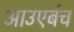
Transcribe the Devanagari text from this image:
आउएर्बच